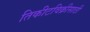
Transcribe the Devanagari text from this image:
तिकीटविक्रीसाठी